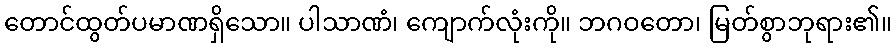
တောင်ထွတ်ပမာဏရှိသော။ ပါသာဏံ၊ ကျောက်လုံးကို။ ဘဂဝတော၊ မြတ်စွာဘုရား၏။